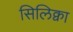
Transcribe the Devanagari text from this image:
सिलिक्वा